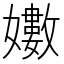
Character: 𭒫